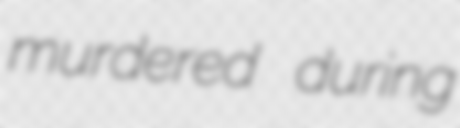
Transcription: murdered during